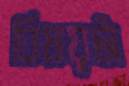
বিষয়টা